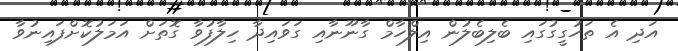
އަދި އެ ތަހުގީގުގައި ބެލިބެލުން އިލްހާމް ގާނޫނާއި ގަވައިދާ ހިލާފުވާ ގޮތަށް އަމަލުކޮށްފައިނުވާ